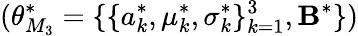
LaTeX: (\theta_{M_{3}}^{*}=\{ \{ a_{k}^{*},\mu_{k}^{*},\sigma_{k}^{*}\} _{k=1}^{3},\mathbf{B}^{*}\} )